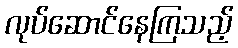
လုပ်ဆောင်နေကြသည့်